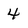
Character: 4